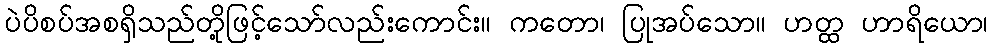
ပဲပိစပ်အစရှိသည်တို့ဖြင့်သော်လည်းကောင်း။ ကတော၊ ပြုအပ်သော။ ဟတ္ထ ဟာရိယော၊